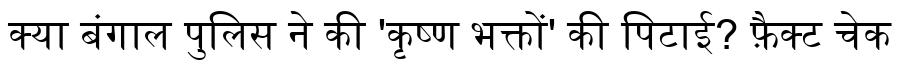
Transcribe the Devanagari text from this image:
क्या बंगाल पुलिस ने की 'कृष्ण भक्तों' की पिटाई? फ़ैक्ट चेक